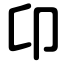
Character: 卬